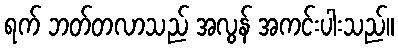
ရက် ဘတ်တလာသည် အလွန် အကင်းပါးသည်။